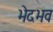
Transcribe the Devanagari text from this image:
भेदभव